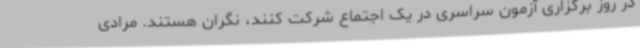
در روز برگزاری آزمون سراسری در یک اجتماع شرکت کنند، نگران هستند. مرادی